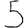
Digit: 5